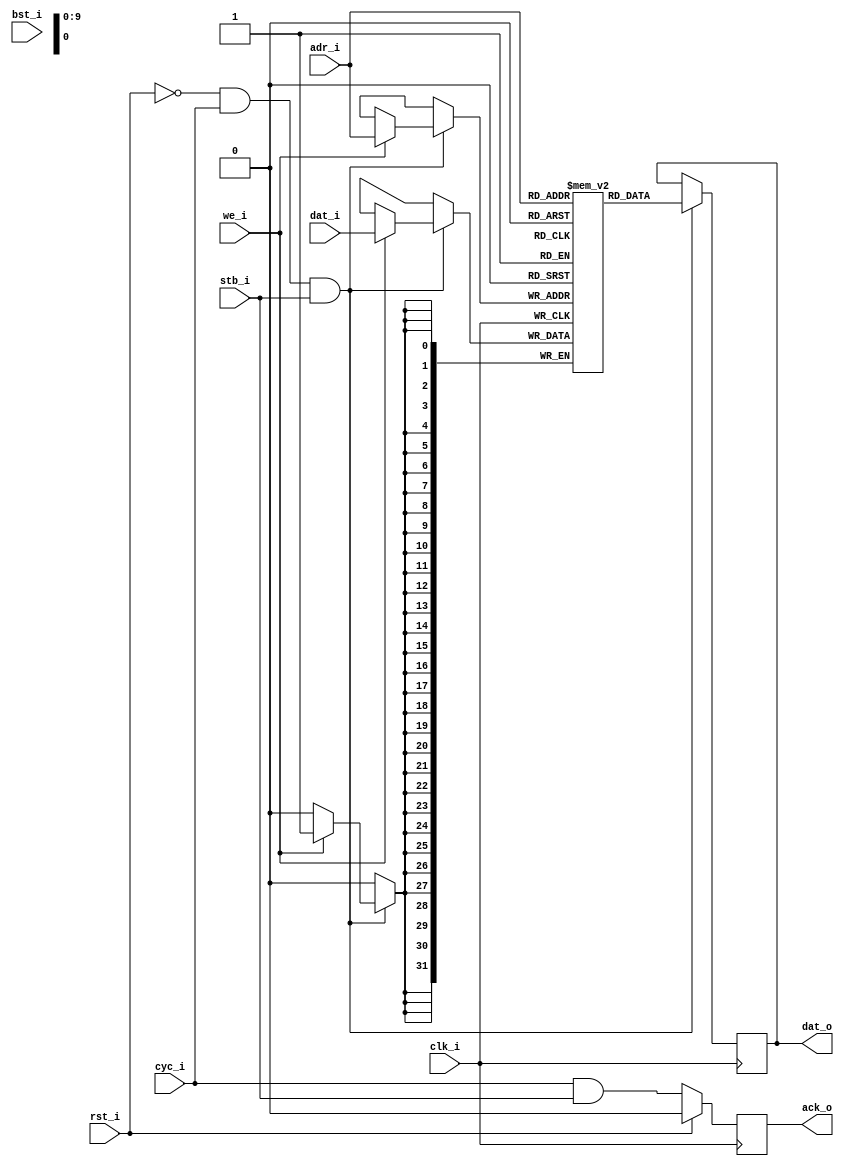
`timescale 1ns/100ps
/*
 * 
 * Single-port SRAM with parameterised size and bit-width.
 * 
 * NOTE:
 *  + doesn't support "classic" Wishbone cycles, but does support pipelined
 *    transactions;
 *  + supports burst transfers -- these are indicated by `bst_i` being
 *    asserted at the beginning of a transaction, and deasserted one cycle
 *    before the final (pipelined) `ack_o`;
 *  + OBSOLETE (better to use 'wb_sram_port', Pat @ 08/11/2016);
 * 
 * TODO:
 * 
 */

module wb_sram
  #(parameter WIDTH = 32,
    parameter MSB   = WIDTH-1,
    parameter SBITS = 10,
    parameter SIZE  = 1 << SBITS,
    parameter ASB   = SBITS-1,
    parameter DELAY = 3)
   (
    // Wishbone-like bus interface:
    input              clk_i,
    input              rst_i,
    input              cyc_i,
    input              stb_i,
    input              we_i,
    input              bst_i, // Bulk Sequential Transfer?
    output reg         ack_o = 0,
    input [ASB:0]      adr_i,
    input [MSB:0]      dat_i,
    output reg [MSB:0] dat_o
    );


   //-------------------------------------------------------------------------
   //  SRAM.
   //-------------------------------------------------------------------------
   reg [MSB:0]         sram [0:SIZE-1];

   integer             i;
   initial begin : SRAM_INIT
      for (i = 0; i < SIZE; i = i+1)
        sram[i] <= 0;
   end

   //-------------------------------------------------------------------------
   //  Wishbone bus interface.
   //-------------------------------------------------------------------------
   always @(posedge clk_i)
     if (rst_i) ack_o <= #DELAY 0;
     else       ack_o <= #DELAY cyc_i && stb_i;

   // SRAM reads & writes.
   always @(posedge clk_i)
     if (!rst_i && cyc_i && stb_i) begin
        dat_o <= #DELAY sram[adr_i];
        if (we_i)
          sram[adr_i] <= #DELAY dat_i;
     end


endmodule // wb_sram